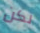
لكن